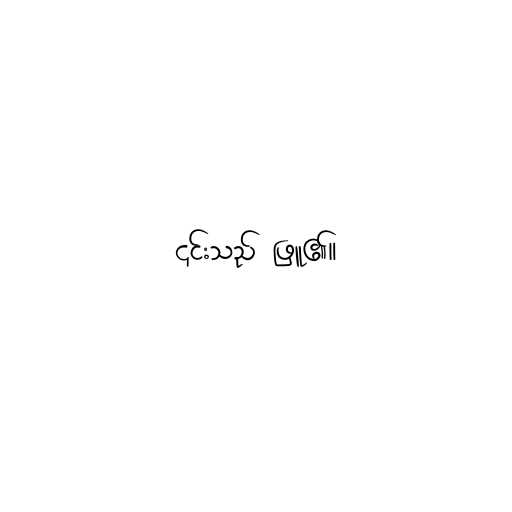
၎င်းသည် ဖြူ၏။